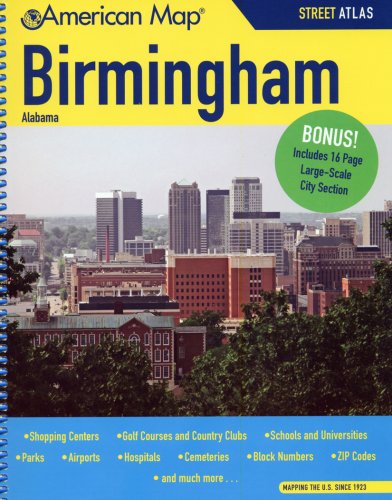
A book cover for American Map Birmingham, Al Atlas; Travel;